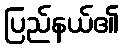
ပြည်နယ်၏